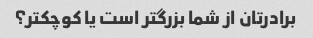
برادرتان از شما بزرگتر است یا کوچکتر؟